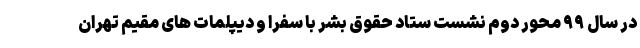
در سال ۹۹ محور دوم نشست ستاد حقوق بشر با سفرا و دیپلمات های مقیم تهران